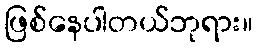
ဖြစ်နေပါတယ်ဘုရား။